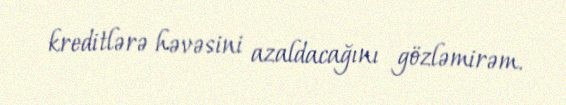
kreditlərə həvəsini azaldacağını gözləmirəm.